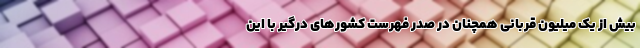
بیش از یک میلیون قربانی همچنان در صدر فهرست کشورهای درگیر با این